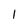
Character: l